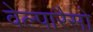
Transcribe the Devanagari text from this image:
वेल्पारैसो